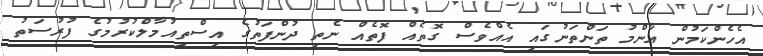
އެހެންކަމުން އާންމު ތަންތަނުގައި އެއްވެސް ގޮތެއް ފޮތެއް ނެތި ދުންފަތުގެ އިސްތިއުމާލްކުރުމުގެ ފުރުސަތު